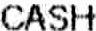
CASH